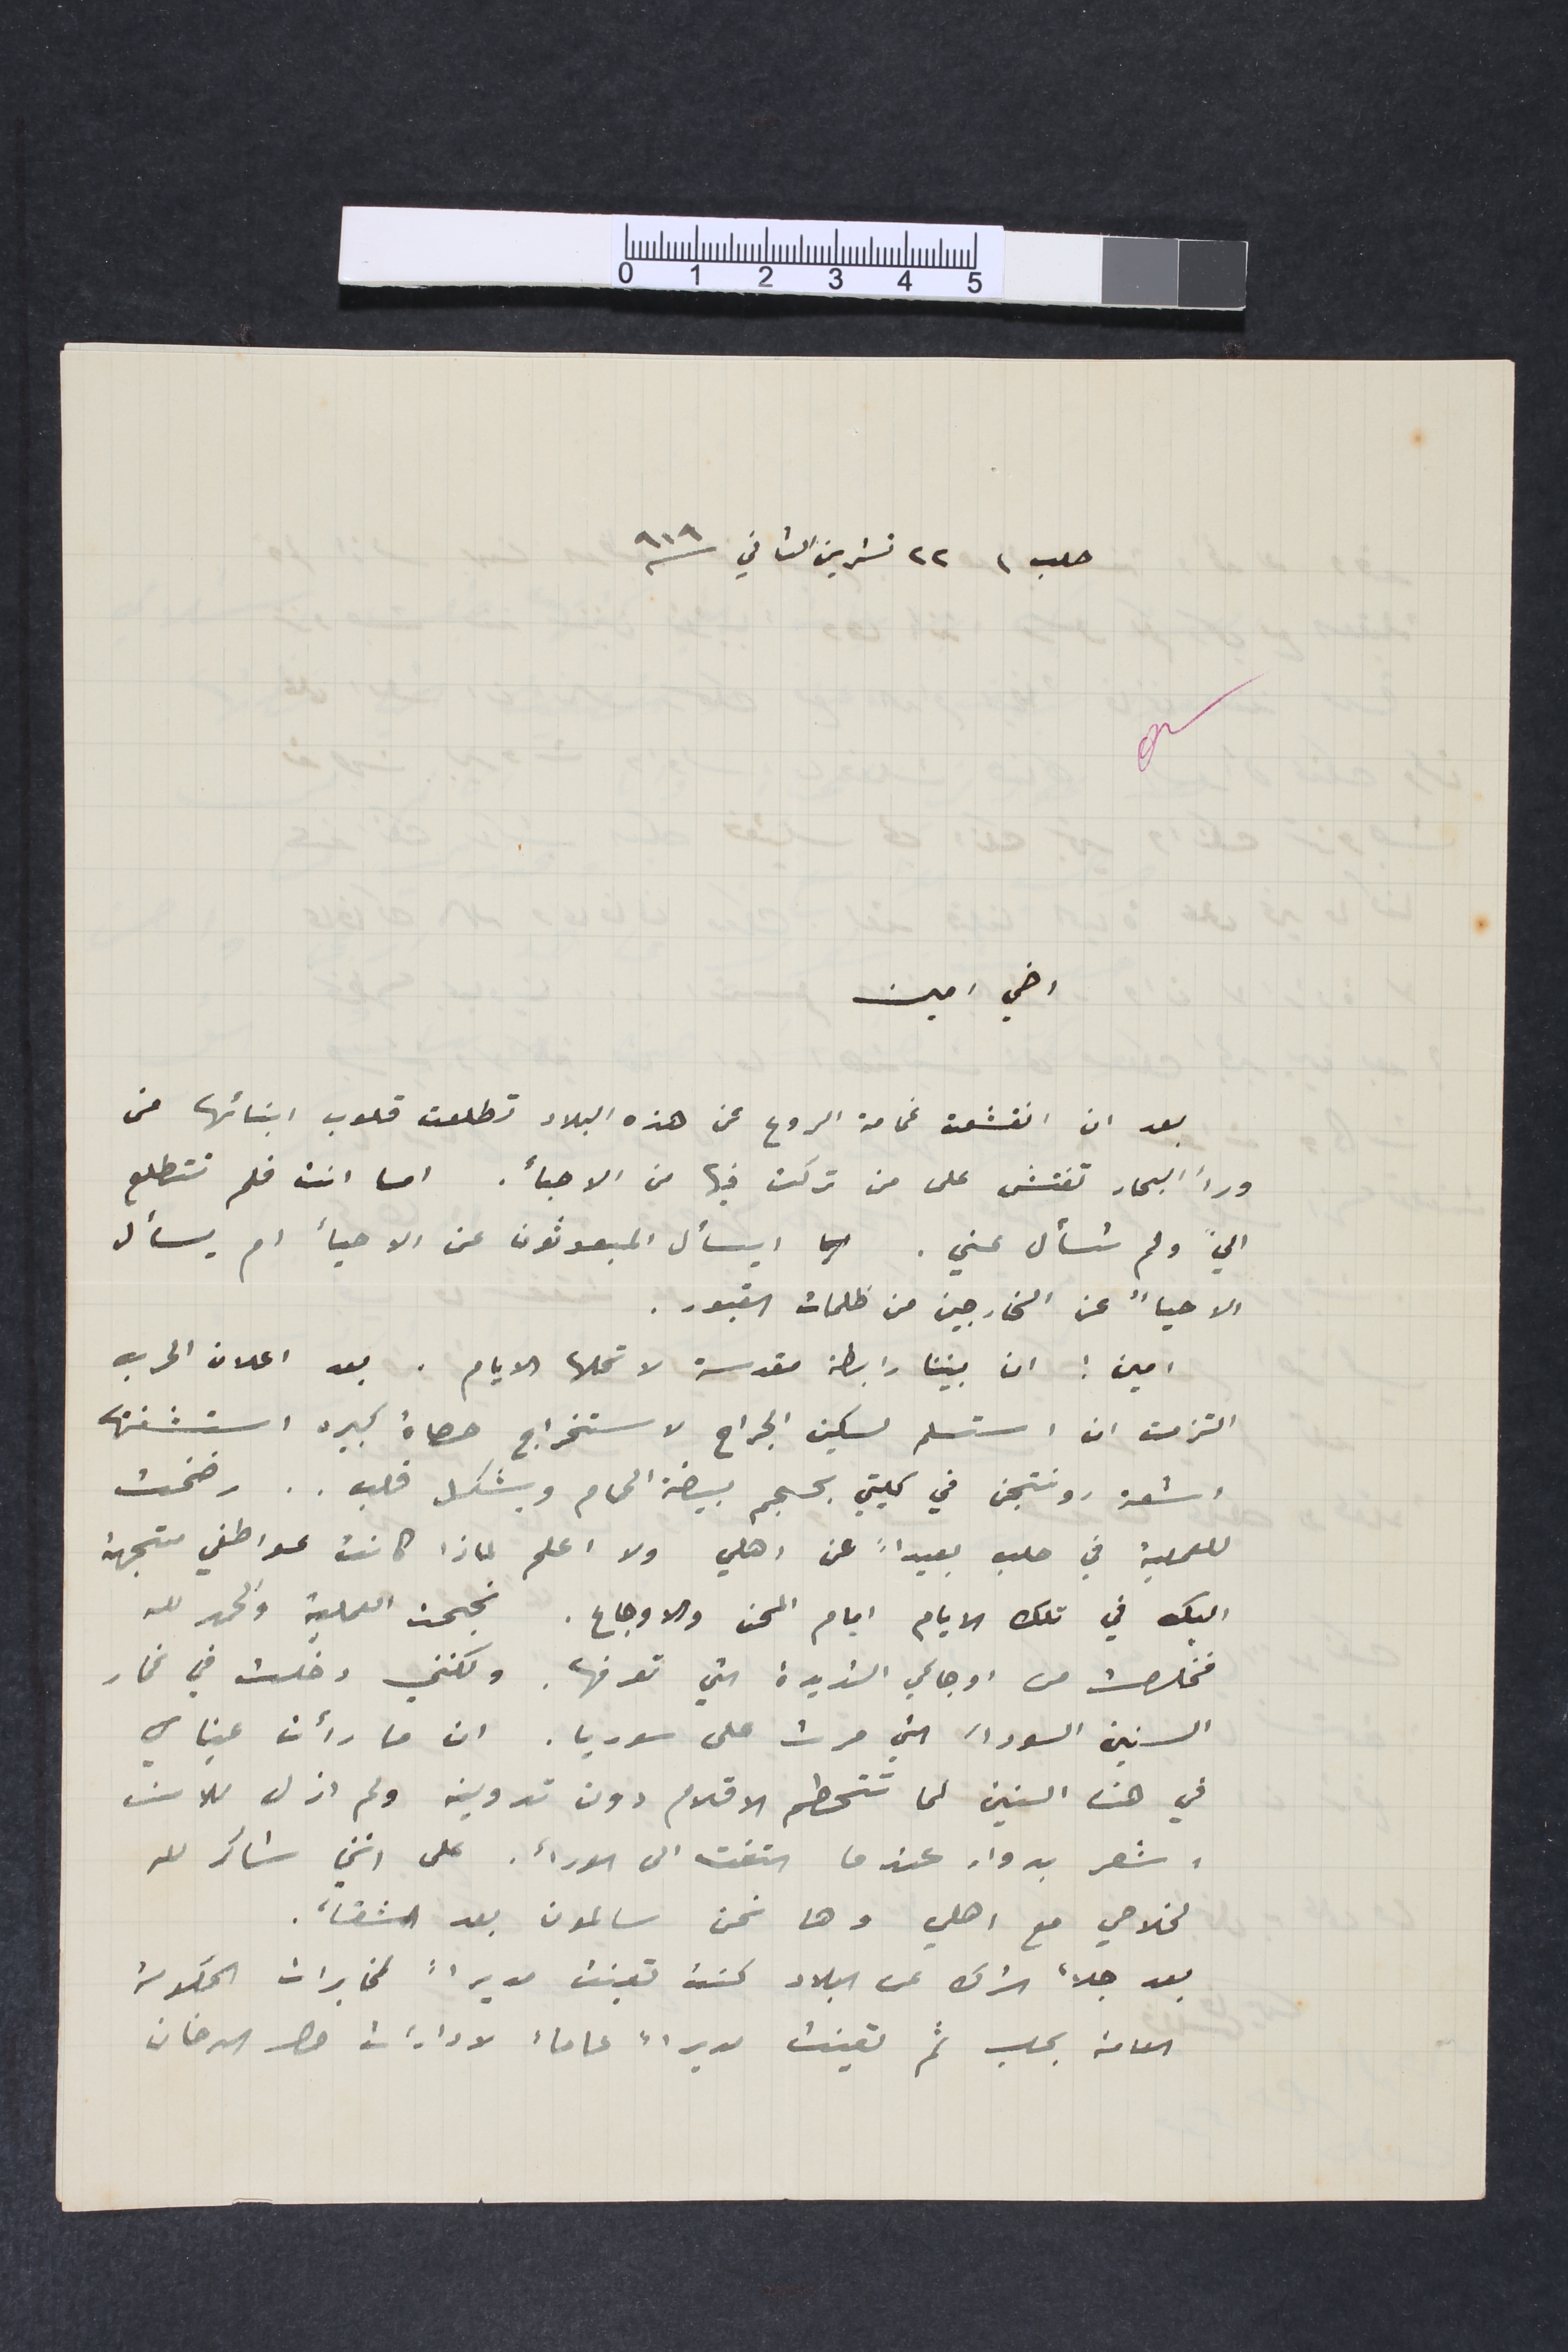
حلب، ٢٢ تشرين الثاني /١٩١٩
اخي امين
بعد ان انقشعت غمامة الروع عن هذه البلاد تطلعت قلوب ابنائها من
ورأ البحار تفتش على من تركت فيها من الاحبأ. اما انت فلم تتطلع
اليّ ولم تسأل عني. ايسأل المبعوثون عن الاحيأ ام يسأل
الاحيأً عن الخارجين من ظلمات القبور.
امين: ان بيننا رابطة مقدسة لا تحلها الايام. بعد اعلان الحرب
اشعة رونتجن  في كليتي بحجم بيضة الحمام وبشكل قلب.. رضخت
للعملية في حلب بعيداً عن اهلي ولا اعلم لماذا كانت عواطفي متجهة
اليك في تلك الايام ايام المحن والاوجاع. نجحت العملية والحمد لله
فخلصت من اوجاعي الشديدة التي تعرفها. ولكني دخلت في غمار
السنين السوداء التي مرت على سوريا. ان ما رأت عيناي
في هذه السنين لما تتحطم الاقلام دون تدوينه ولم ازل للان
اشعر بدوار عندما التفت الى الورأ. على انني شاكر لله
لخلاصي مع اهلي وها نحن سالمون بعد الشقأ.
بعد جلأ الترك عن البلاد كنت تعينت مديراً لمخابرات الحكومة

العامة بحلب ثم تعينت مديراً عاماً لادارات حصر الدخان
التزمت ان استسلم لسكين الجراح لاستخراج حصاة كبيره استشفتها